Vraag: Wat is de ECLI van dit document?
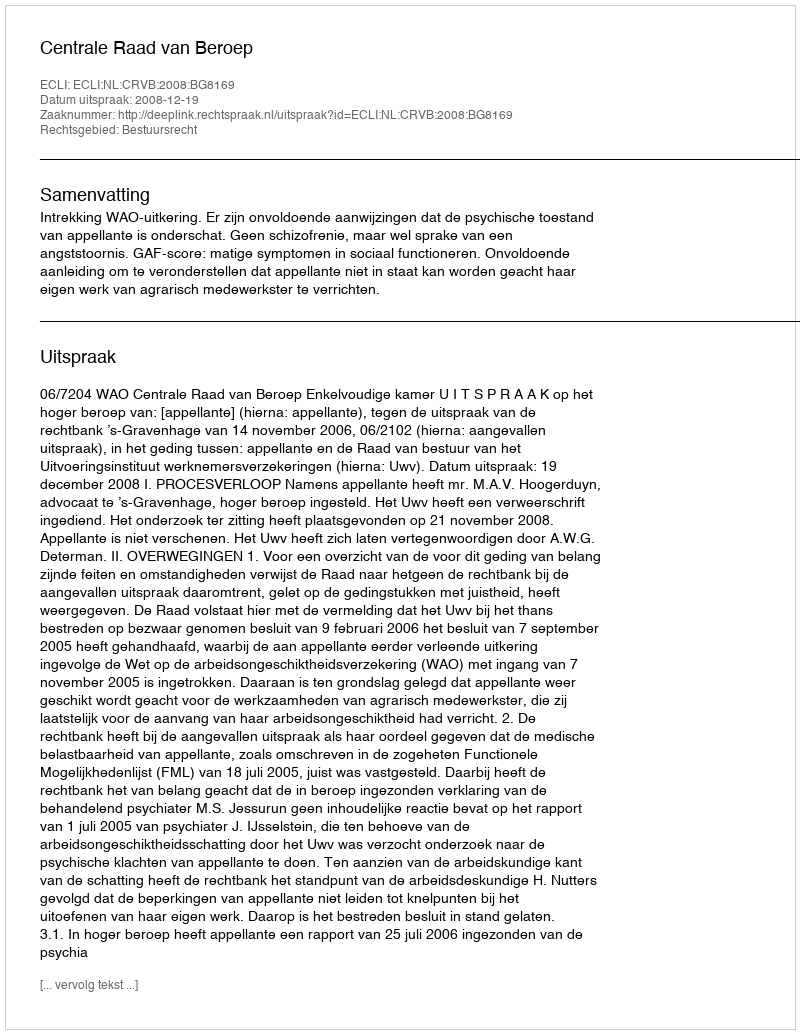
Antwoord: ECLI:NL:CRVB:2008:BG8169